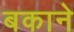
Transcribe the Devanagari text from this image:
बकाने